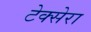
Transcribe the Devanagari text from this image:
टेक्सेरा